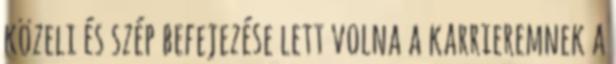
közeli és szép befejezése lett volna a karrieremnek a